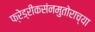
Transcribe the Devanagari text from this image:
फ्रेड्रीकसंनमुतोराच्या